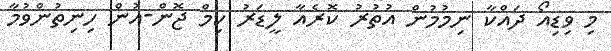
މި ވިޑިއޯ ދައްކާ ނިމުމުން އުތުރު ކޮރެއާ ލީޑަރު ކިމް ޖޮން-އުން ހިނިތުންވުމާ